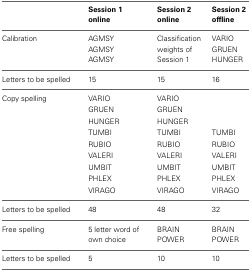
<table><thead><tr><td></td><td><b>Session 1 online</b></td><td><b>Session 2 online</b></td><td><b>Session 2 offline</b></td></tr></thead><tbody><tr><td>Calibration</td><td>AGMSY</td><td rowspan="3">Classification weights of Session 1</td><td>VARIO</td></tr><tr><td></td><td>AGMSY</td><td>GRUEN</td></tr><tr><td></td><td>AGMSY</td><td>HUNGER</td></tr><tr><td>Letters to be spelled</td><td>15</td><td>15</td><td>16</td></tr><tr><td>Copy spelling</td><td>VARIO</td><td>VARIO</td><td></td></tr><tr><td></td><td>GRUEN</td><td>GRUEN</td><td></td></tr><tr><td></td><td>HUNGER</td><td>HUNGER</td><td></td></tr><tr><td></td><td>TUMBI</td><td>TUMBI</td><td>TUMBI</td></tr><tr><td></td><td>RUBIO</td><td>RUBIO</td><td>RUBIO</td></tr><tr><td></td><td>VALERI</td><td>VALERI</td><td>VALERI</td></tr><tr><td></td><td>UMBIT</td><td>UMBIT</td><td>UMBIT</td></tr><tr><td></td><td>PHLEX</td><td>PHLEX</td><td>PHLEX</td></tr><tr><td></td><td>VIRAGO</td><td>VIRAGO</td><td>VIRAGO</td></tr><tr><td>Letters to be spelled</td><td>48</td><td>48</td><td>32</td></tr><tr><td>Free spelling</td><td>5 letter word of own choice</td><td>BRAIN POWER</td><td>BRAIN POWER</td></tr><tr><td>Letters to be spelled</td><td>5</td><td>10</td><td>10</td></tr></tbody></table>